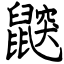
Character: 鼵